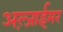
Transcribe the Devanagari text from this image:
अल्ज़ाईमर